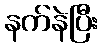
နက်နဲပြီး